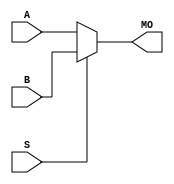
module cyclonev_b17mux21 (MO, A, B, S);
   input [16:0] A, B;
   input 	S;
   output [16:0] MO; 
   assign MO = (S == 1) ? B : A; 
endmodule